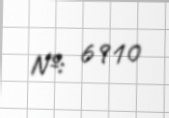
№: 6910